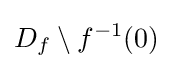
D_{f}\setminus f^{-1}(0)